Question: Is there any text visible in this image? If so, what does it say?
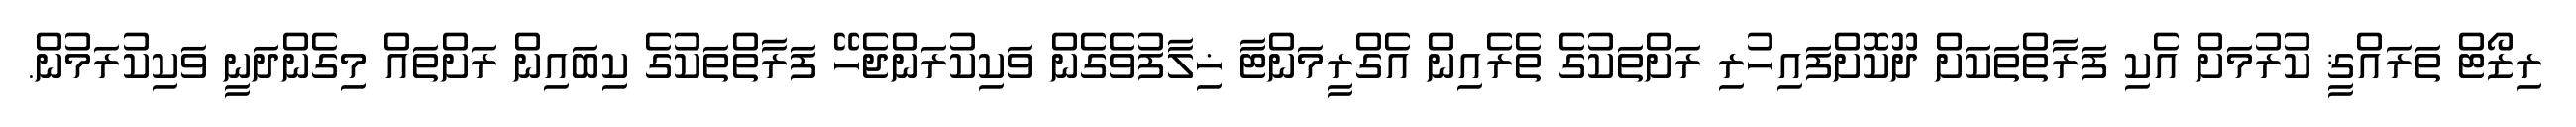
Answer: ރިޒޯޓް ތަރައްޤީ ކުރުމަށް އެކި ފަރާތްތަކަށް ދޫކޮށްފައިހުރި ރަށްތަކުގެ ތެރެއިން އެގްރީމަންޓާ ޚިލާފުވެގެން ވަކިކުރަންޖެހޭ ފަރާތްތަކުގެ ކިބައިން ރަށްތައް މިގެންދަނީ ވަކިކުރަމުން.